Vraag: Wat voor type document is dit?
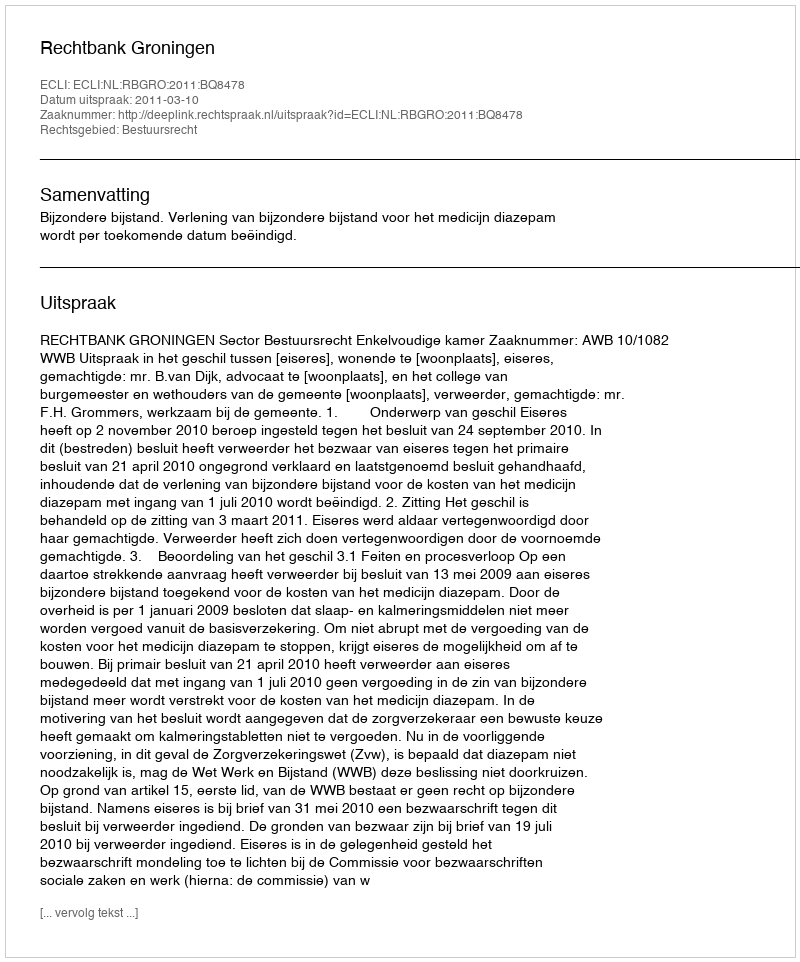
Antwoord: Uitspraak